Civil Veterinary Department Bihar reports 1940-50 - 1940-1950
Year: 1940
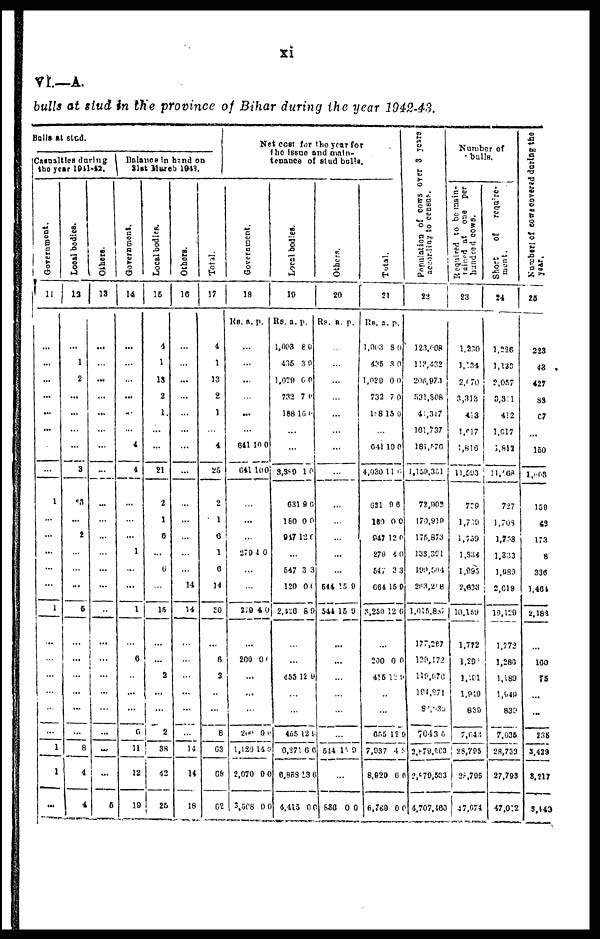
xi
VI.—A.
bulls at stud in the province of Bihar during the year 1942-43.
Bulls at stud.
Cannalties during
the year 1941-42.
Government.
11
...
...
...
...
...
...
...
...
1
...
...
...
...
...
1
...
...
...
...
...
...
1
1
...
Local bodies.
12
...
1
2
...
...
...
...
3
3
...
2
...
...
...
5
...
...
...
...
...
...
8
4
4
Others.
13
...
...
...
...
...
...
...
...
...
...
...
...
...
...
..
..
...
...
...
...
...
...
...
6
Balance in band on
Stat During 1943.
Government.
14
...
...
...
...
...
...
4
4
...
...
...
1
...
...
1
...
6
..
...
...
6
11
12
19
Local bodies.
15
4
1
13
2
1
...
...
21
2
1
6
...
6
...
15
...
...
2
...
...
2
38
42
25
Others.
16
...
...
...
...
...
...
...
...
...
...
...
...
...
14
14
...
...
...
...
...
...
14
14
18
Total.
17
4
1
13
8
1
...
4
25
2
1
6
1
6
14
80
...
6
3
...
...
8
63
68
62
Net cost for the year for
the issue and main-
tenance of stud bulls.
Government.
18
Rs. a. p.
...
...
...
...
...
641
641
10
10
0
0
...
...
...
279 4
0
...
...
279 4 0
...
200 0 4
...
...
...
200
1,180
2,070
3,608
0
16
9
9
0
3
0
0
Local bodies.
19
Rs.
1,093
436
1,029
732
188
a.
8
3
0
7
13
p.
0
0
0
0
0
...
...
3,389
631
160
917
1
9
0
12
0
0
0
0
...
547
120
2,126
3
0
8
3
0
9
...
...
433 12 9
...
...
465
6,271
6,858
4,415
12
6
13
9
9
6
6
0
Others.
20
Rs.
a. p.
...
...
...
...
...
...
...
...
...
...
...
...
...
644
544
13
18
0
9
...
...
...
...
...
514 13 9
...
880
0 0
Total.
21
Rs.
1,043
436
1,020
732
108
a.
8
8
0
7
15
p.
0
0
0
0
0
...
641
4,930
681
181
947
279
547
664
8,250
10
11
9
0
12
4
3
15
12
0
9
6
0
0
0
3
9
6
...
280
415
0
1
0
9
...
...
635
7,937
8,920
6,769
12
4
6
9
9
1
6
6
Population of cows over
3 years
according
to
cows.
22
123,608
132,482
206,978
831,806
41,317
161,737
181,676
1,139,351
79,902
170,910
179,873
133,391
193,941
263,208
1,015,833
177,207
120,172
119,070
194,971
81,130
7043 0
3,879,813
2,970,363
4,707,160
Number of
bulls.
Required to be main-
tained
at one
per
hundred cows.
23
1,230
1,124
2.670
3,318
413
1,617
1,816
11,383
779
1,716
1,750
1,384
1,895
2,623
10,139
1,772
1,29
1,30
1,980
839
7,643
28,795
28,795
47,074
Short
of
require-
ment.
24
1,226
1,133
2,037
3,8
1
412
1,917
3,812
21,188
727
1,765
1,738
1,343
1,989
2,619
19,120
1,772
1,286
1,180
1,948
839
7,936
38,733
27,793
47,012
Number of cowcovered during the
year.
25
223
48
427
88
67
...
150
1,143
158
43
173
8
330
1,461
2,183
...
100
75
...
...
236
3,428
3,217
8,143